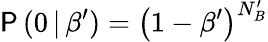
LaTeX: \mathsf{P}\, (0\, |\, \beta^{\prime})=\left(1-\beta^{\prime}\right)^{N_{B}^{\prime}}